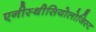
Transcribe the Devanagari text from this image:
एनीस्थीसियोलोजिस्ट